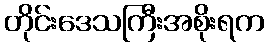
တိုင်းဒေသကြီးအစိုးရက